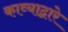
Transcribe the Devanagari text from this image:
काव्याद्वारे